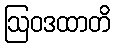
ဩဝဒထာတိ